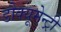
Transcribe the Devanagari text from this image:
डौक्यूमेन्ट्री